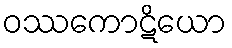
ဝဿကောဋိယော